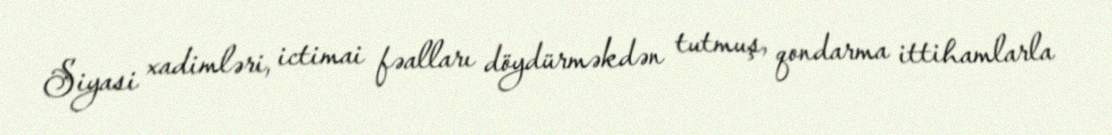
Siyasi xadimləri, ictimai fəalları döydürməkdən tutmuş, qondarma ittihamlarla